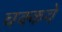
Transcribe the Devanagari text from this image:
चक्‍कवे